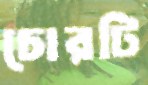
চোরটি